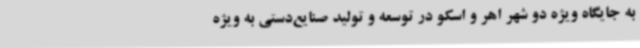
به جایگاه ویژه دو شهر اهر و اسکو در توسعه و تولید صنایع‌دستی به ویژه